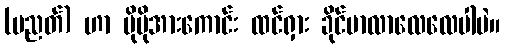
(ပညတ်) ဟာ ပိုမိုအားကောင်း ထင်ရှား ခိုင်မာလာလေလေပါပဲ။